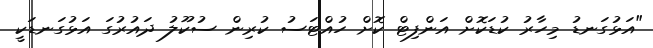
"އަޅުގަނޑު މިހާރު ކުޑަކޮށް އަންފިޓް ކޮށް ހުއްޓަސު ކުރިން ސުކޫލު ދައުރުގަ އަޅުގަނޑަކީ